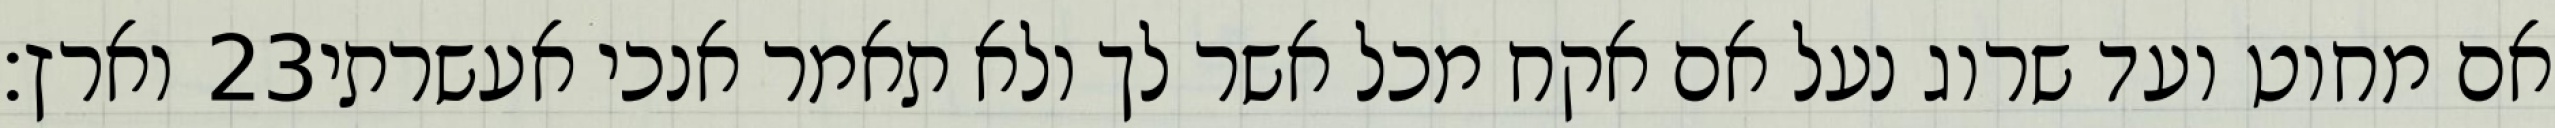
וארץ׃ ‎23‏ אם מחוט ועד שרוג נעל אם אקח מכל אשר לך ולא תאמר אנכי אעשרתי